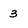
Character: 3